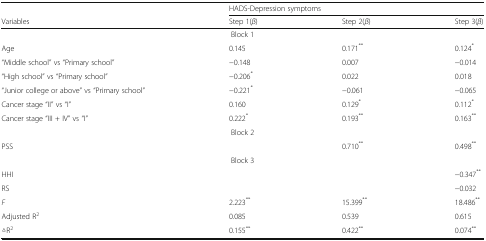
<table><thead><tr><td>[EMPTY_CELL]</td><td colspan="3"><b>HADS-Depression symptoms</b></td></tr><tr><td><b>Variables</b></td><td><b>Step 1(<i>β</i>)</b></td><td><b>Step 2(<i>β</i>)</b></td><td><b>Step 3(<i>β</i>)</b></td></tr></thead><tbody><tr><td colspan="4">Block 1</td></tr><tr><td>Age</td><td>0.145</td><td>0.171<sup>**</sup></td><td>0.124<sup>*</sup></td></tr><tr><td>“Middle school” vs “Primary school”</td><td>−0.148</td><td>0.007</td><td>−0.014</td></tr><tr><td>“High school” vs “Primary school”</td><td>−0.206<sup>*</sup></td><td>0.022</td><td>0.018</td></tr><tr><td>“Junior college or above” vs “Primary school”</td><td>−0.221<sup>*</sup></td><td>−0.061</td><td>−0.065</td></tr><tr><td>Cancer stage “II” vs “I”</td><td>0.160</td><td>0.129<sup>*</sup></td><td>0.112<sup>*</sup></td></tr><tr><td>Cancer stage “III + IV” vs “I”</td><td>0.222<sup>*</sup></td><td>0.193<sup>**</sup></td><td>0.163<sup>**</sup></td></tr><tr><td colspan="4">Block 2</td></tr><tr><td>PSS</td><td>[EMPTY_CELL]</td><td>0.710<sup>**</sup></td><td>0.498<sup>**</sup></td></tr><tr><td colspan="4">Block 3</td></tr><tr><td>HHI</td><td>[EMPTY_CELL]</td><td>[EMPTY_CELL]</td><td>−0.347<sup>**</sup></td></tr><tr><td>RS</td><td>[EMPTY_CELL]</td><td>[EMPTY_CELL]</td><td>−0.032</td></tr><tr><td><i>F</i></td><td>2.223<sup>**</sup></td><td>15.399<sup>**</sup></td><td>18.486<sup>**</sup></td></tr><tr><td>Adjusted R<sup>2</sup></td><td>0.085</td><td>0.539</td><td>0.615</td></tr><tr><td>△R<sup>2</sup></td><td>0.155<sup>**</sup></td><td>0.422<sup>**</sup></td><td>0.074<sup>**</sup></td></tr></tbody></table>